38_143685_box7_Incident_Summaries_1-100
Agency: Department of War
Page 186
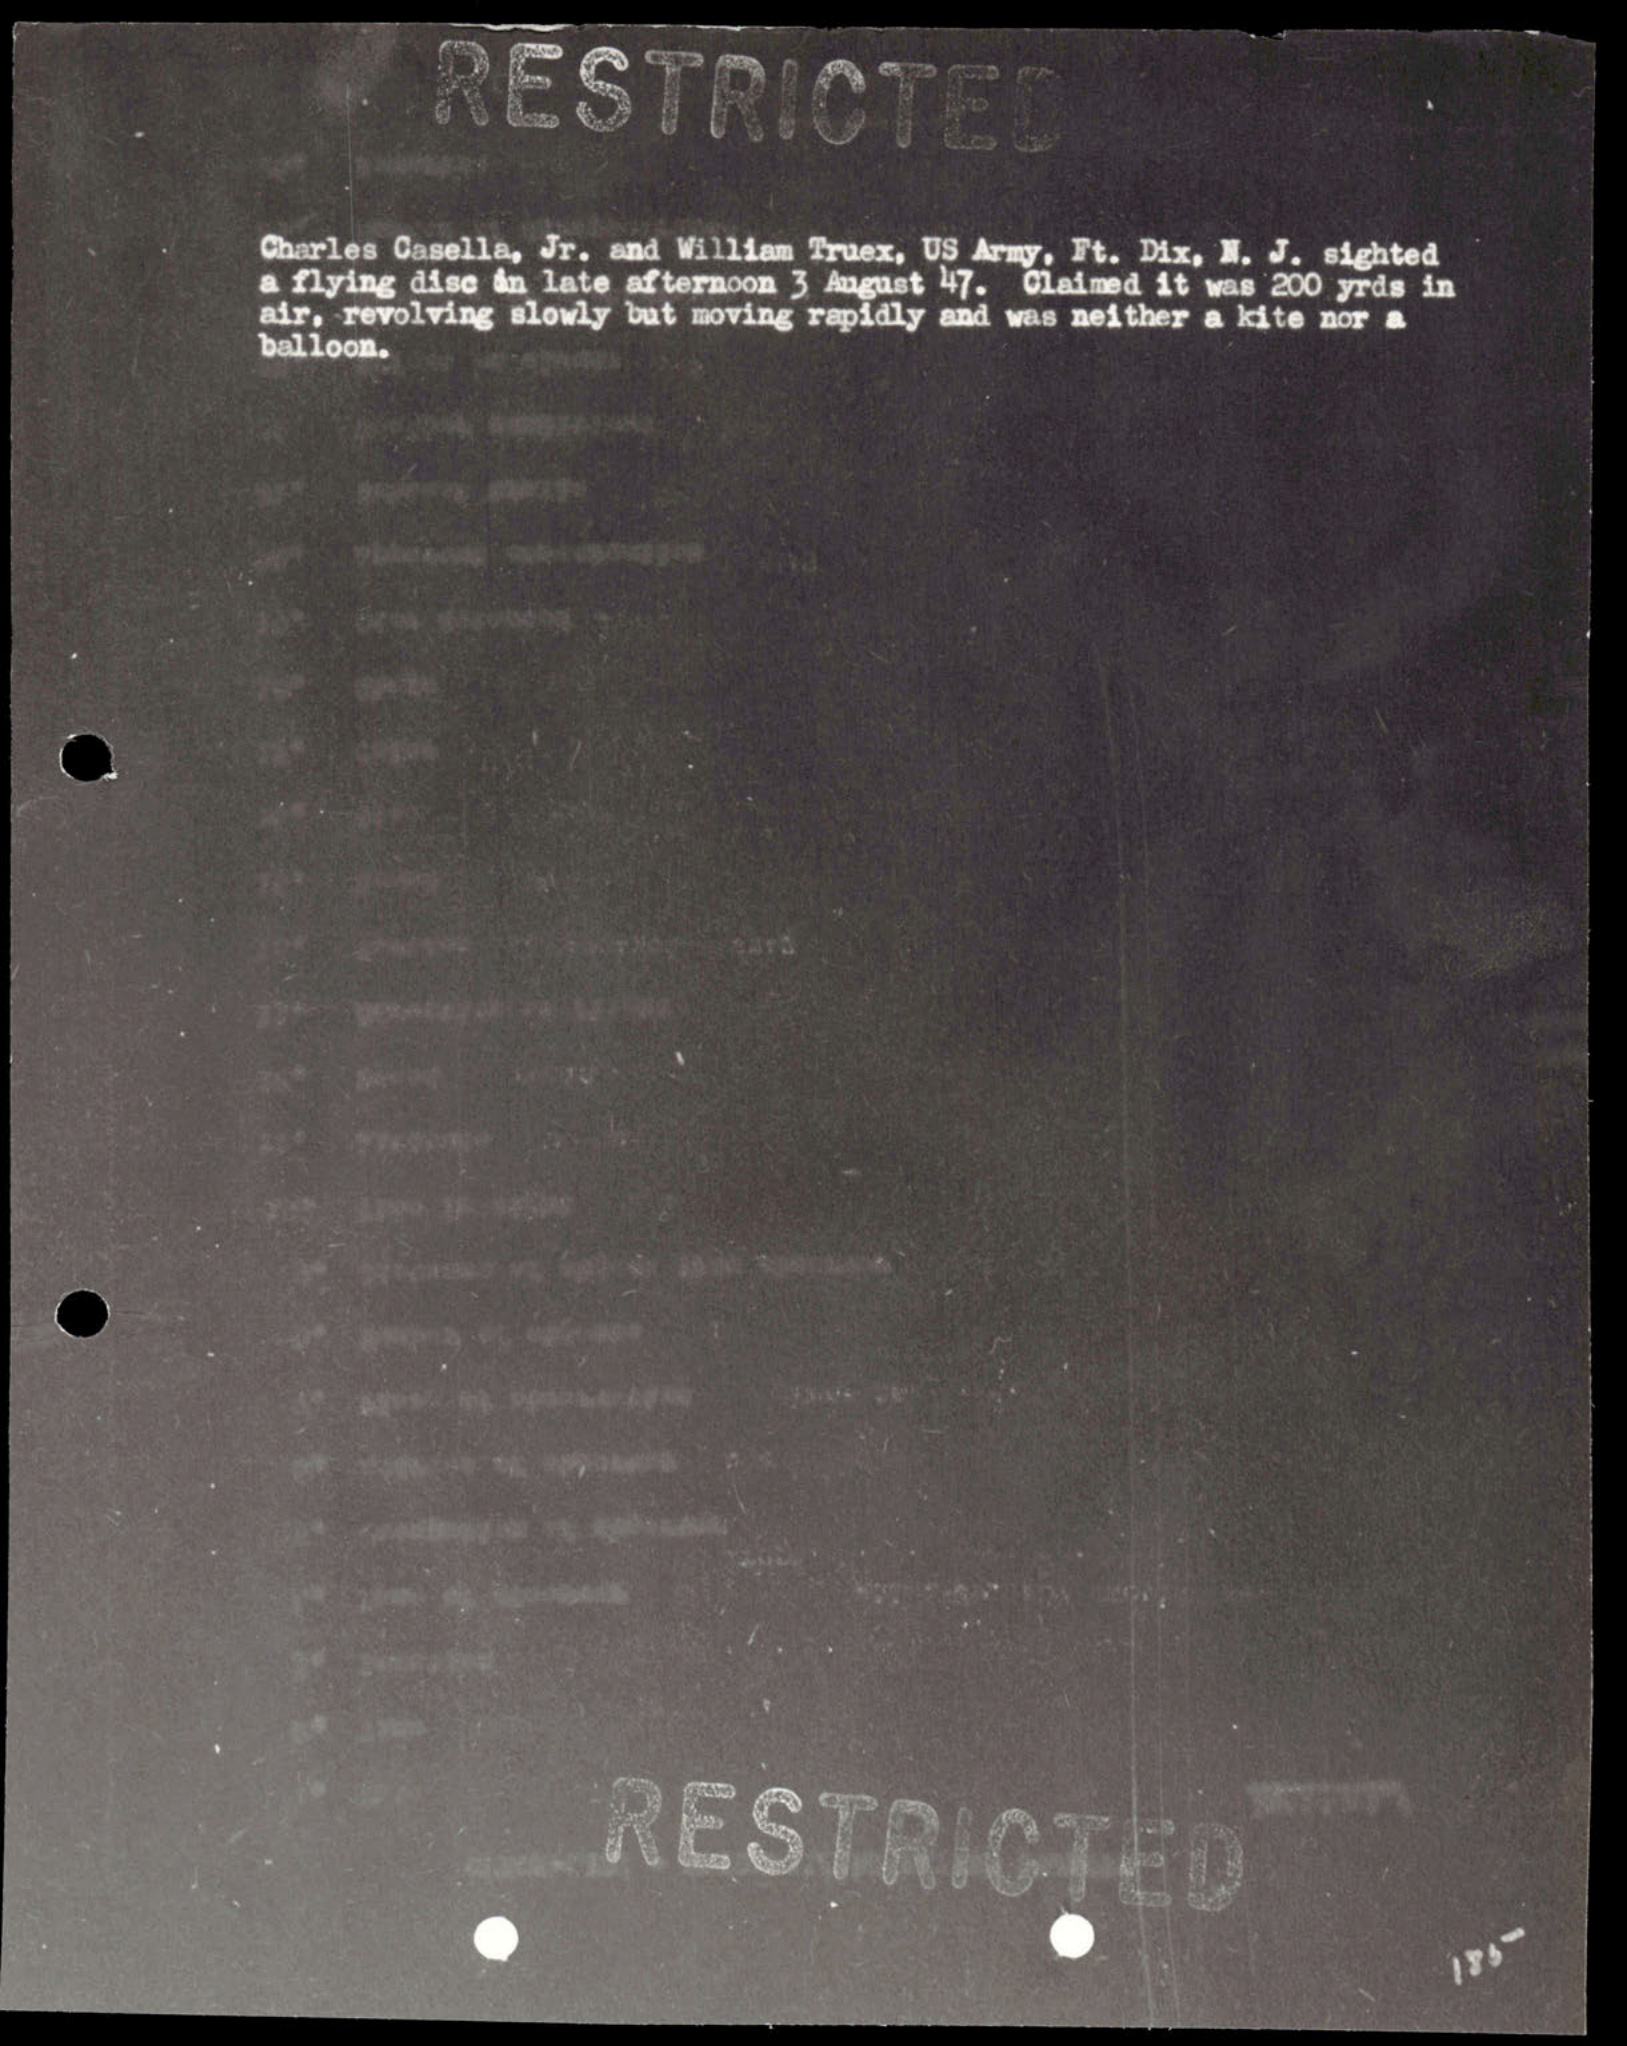